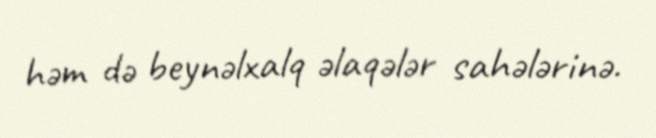
həm də beynəlxalq əlaqələr sahələrinə.